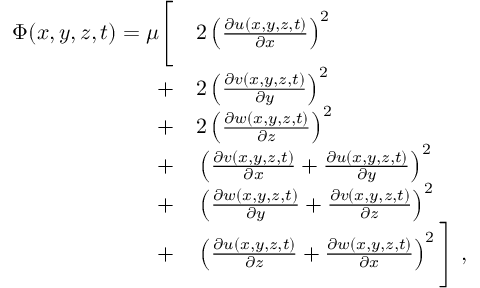
\begin{array} { r l } { \Phi ( x , y , z , t ) = \mu \Bigg [ } & { { } 2 \left( \frac { \partial u ( x , y , z , t ) } { \partial x } \right) ^ { 2 } } \\ { + } & { { } 2 \left( \frac { \partial v ( x , y , z , t ) } { \partial y } \right) ^ { 2 } } \\ { + } & { { } 2 \left( \frac { \partial w ( x , y , z , t ) } { \partial z } \right) ^ { 2 } } \\ { + } & { { } \left( \frac { \partial v ( x , y , z , t ) } { \partial x } + \frac { \partial u ( x , y , z , t ) } { \partial y } \right) ^ { 2 } } \\ { + } & { { } \left( \frac { \partial w ( x , y , z , t ) } { \partial y } + \frac { \partial v ( x , y , z , t ) } { \partial z } \right) ^ { 2 } } \\ { + } & { { } \left( \frac { \partial u ( x , y , z , t ) } { \partial z } + \frac { \partial w ( x , y , z , t ) } { \partial x } \right) ^ { 2 } \Bigg ] \mathrm { ~ , ~ } } \end{array}